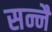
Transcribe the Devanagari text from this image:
सन्नै